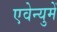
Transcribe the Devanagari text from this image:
एवेन्युमें